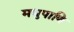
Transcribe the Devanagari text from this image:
मधुपाणि